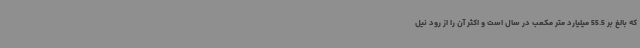
که بالغ بر 55.5 میلیارد متر مکعب در سال است و اکثر آن را از رود نیل